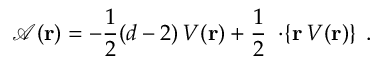
{ \mathcal A } ( { \bf r } ) = - \frac { 1 } { 2 } ( d - 2 ) \, V ( { \bf r } ) + \frac { 1 } { 2 } \, { \bf \nabla } \! \cdot \! \left\{ { \bf r } \, V ( { \bf r } ) \right\} \; .